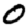
Digit: 0